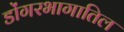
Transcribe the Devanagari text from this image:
डोंगरभागातिल